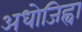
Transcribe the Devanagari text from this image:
अधोजिह्वा